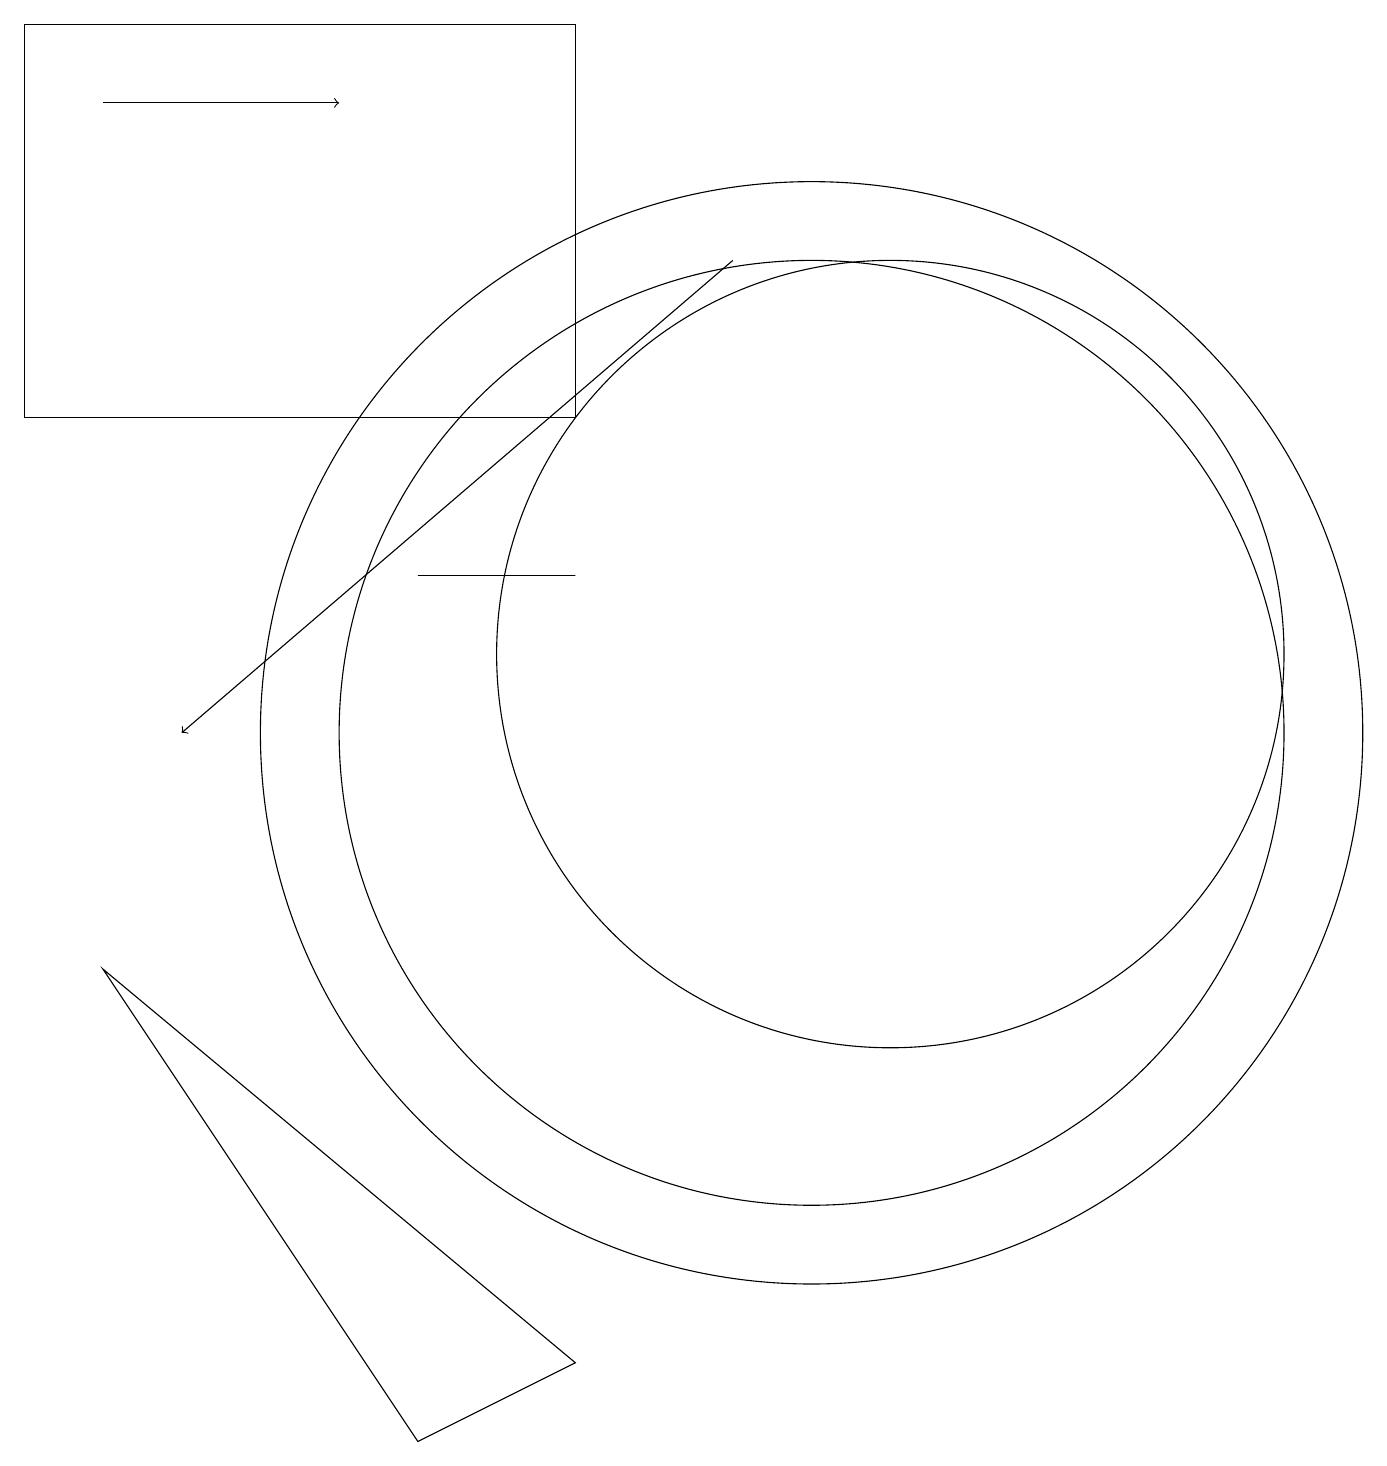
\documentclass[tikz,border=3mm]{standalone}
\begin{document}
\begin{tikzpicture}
\draw[->] (1,18) -- (4,18);
\draw (10,10) circle (7);
\draw (10,10) circle (6);
\draw (11,11) circle (5);
\draw[->] (9,16) -- (2,10);
\draw (5,12) rectangle (7,12);
\draw (0,19) rectangle (7,14);
\draw (1,7) -- (5,1) -- (7,2) -- cycle;
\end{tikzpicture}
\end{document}